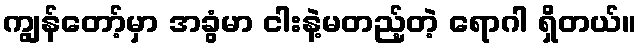
ကျွန်တော့်မှာ အခွံမာ ငါးနဲ့မတည့်တဲ့ ရောဂါ ရှိတယ်။